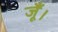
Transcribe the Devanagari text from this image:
जूँ।